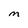
Character: M